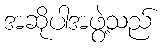
အဆိုပါအဖွဲ့သည်